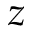
z